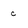
Character: c